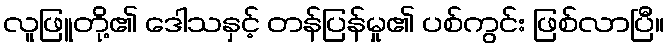
လူဖြူတို့၏ ဒေါသနှင့် တန်ပြန်မှု၏ ပစ်ကွင်း ဖြစ်လာပြီ။